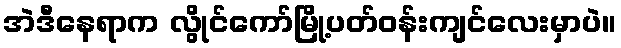
အဲဒီနေရာက လွိုင်ကော်မြို့ပတ်ဝန်းကျင်လေးမှာပဲ။